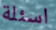
اسئلة